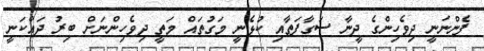
ފެންނަނީ ދިވެހިންގެ ދީނާ ސަގާފަތާއި ކުޅެނީ މަގުތައް މަތީ ދިވެހިންނަށް ބިރު ދައްކަނީ